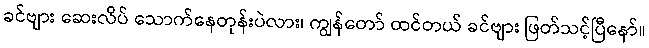
ခင်ဗျား ဆေးလိပ် သောက်နေတုန်းပဲလား၊ ကျွန်တော် ထင်တယ် ခင်ဗျား ဖြတ်သင့်ပြီနော်။